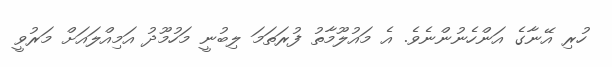
ހުރި އޭނާގެ އަންހެނުންނެވެ. އެ މައުލޫމާތު ފުރަތަމަ ލިބުނީ މަހުމޫދު އަމިއްލައަށް މަރުވީ